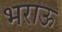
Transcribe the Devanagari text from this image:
भराऊ